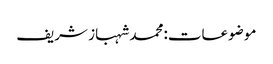
موضوعات:محمد شہباز شریف